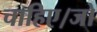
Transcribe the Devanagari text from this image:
चाहिए।जो